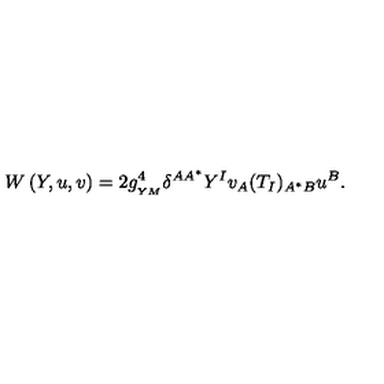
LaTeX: W \left( Y , u , v \right) = 2 g _ { _ { Y M } } ^ { 4 } \delta ^ { A A ^ { * } } Y ^ { I } v _ { A } ( T _ { I } ) _ { A ^ { * } B } u ^ { B } .